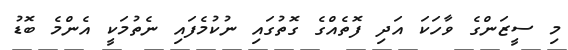
މި ސީޒަންގެ ވާހަކަ އަދި ފޮތެއްގެ ގޮތުގައި ނުކުމެފައި ނެތުމަކީ އެންމެ ބޮޑު